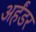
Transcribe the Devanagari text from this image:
अर्हंडर